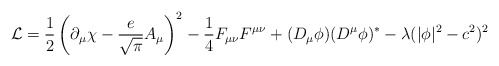
\begin{align*}{\cal L} = \frac{1}{2}\left(\partial_\mu \chi - \frac{e}{\sqrt{\pi}} A_\mu\right)^2 - \frac{1}{4} F_{\mu\nu}F^{\mu\nu} + (D_\mu\phi)(D^\mu\phi)^* -\lambda(|\phi|^2-c^2)^2 \end{align*}